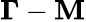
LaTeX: \mathbf{\Gamma}-\mathbf{M}